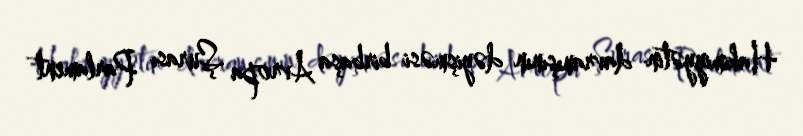
Hakimiyyətin davranışının dəyişməsi birbaşa Avropa Şurası Parlament